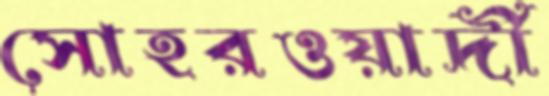
সোহরওয়ার্দী